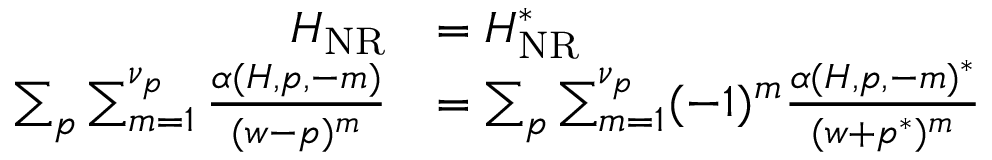
\begin{array} { r } { \begin{array} { r l } { H _ { \mathrm { N R } } } & { = H _ { \mathrm { N R } } ^ { * } } \\ { \sum _ { p } \sum _ { m = 1 } ^ { \nu _ { p } } \frac { \alpha ( H , p , - m ) } { ( w - p ) ^ { m } } } & { = \sum _ { p } \sum _ { m = 1 } ^ { \nu _ { p } } ( - 1 ) ^ { m } \frac { \alpha ( H , p , - m ) ^ { * } } { ( w + p ^ { * } ) ^ { m } } } \end{array} } \end{array}